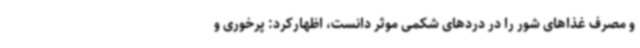
و مصرف غذاهای شور را در دردهای شکمی موثر دانست، اظهارکرد: پرخوری و